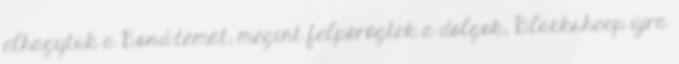
elhagytuk a Bond-témát, megint felpörögtek a dolgok, Blacksheep újra